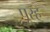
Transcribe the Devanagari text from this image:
पूरह